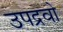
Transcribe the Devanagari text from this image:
उपद्रवो